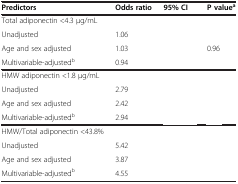
<table><thead><tr><td><b>Predictors</b></td><td><b>Odds ratio</b></td><td><b>95% CI</b></td><td><b>P value<sup>a</sup></b></td></tr></thead><tbody><tr><td>Total adiponectin &lt;4.3 μg/mL</td><td>[EMPTY_CELL]</td><td>[EMPTY_CELL]</td><td>[EMPTY_CELL]</td></tr><tr><td>Unadjusted</td><td>1.06</td><td>[EMPTY_CELL]</td><td>[EMPTY_CELL]</td></tr><tr><td>Age and sex adjusted</td><td>1.03</td><td>[EMPTY_CELL]</td><td>0.96</td></tr><tr><td>Multivariable-adjusted<sup>b</sup></td><td>0.94</td><td>[EMPTY_CELL]</td><td>[EMPTY_CELL]</td></tr><tr><td>HMW adiponectin &lt;1.8 μg/mL</td><td>[EMPTY_CELL]</td><td>[EMPTY_CELL]</td><td>[EMPTY_CELL]</td></tr><tr><td>Unadjusted</td><td>2.79</td><td>[EMPTY_CELL]</td><td>[EMPTY_CELL]</td></tr><tr><td>Age and sex adjusted</td><td>2.42</td><td>[EMPTY_CELL]</td><td>[EMPTY_CELL]</td></tr><tr><td>Multivariable-adjusted<sup>b</sup></td><td>2.94</td><td>[EMPTY_CELL]</td><td>[EMPTY_CELL]</td></tr><tr><td>HMW/Total adiponectin &lt;43.8%</td><td>[EMPTY_CELL]</td><td>[EMPTY_CELL]</td><td>[EMPTY_CELL]</td></tr><tr><td>Unadjusted</td><td>5.42</td><td>[EMPTY_CELL]</td><td>[EMPTY_CELL]</td></tr><tr><td>Age and sex adjusted</td><td>3.87</td><td>[EMPTY_CELL]</td><td>[EMPTY_CELL]</td></tr><tr><td>Multivariable-adjusted<sup>b</sup></td><td>4.55</td><td>[EMPTY_CELL]</td><td>[EMPTY_CELL]</td></tr></tbody></table>